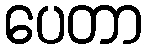
ပေတာ